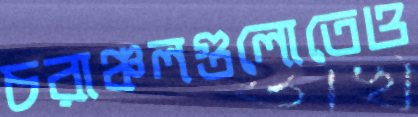
চরাঞ্চলগুলোতেও